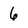
Character: 6